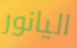
اليانور